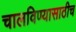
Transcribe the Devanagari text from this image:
चालविण्यासाठीच